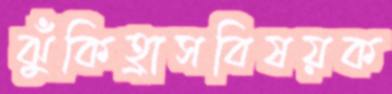
ঝুঁকিহ্রাসবিষয়ক